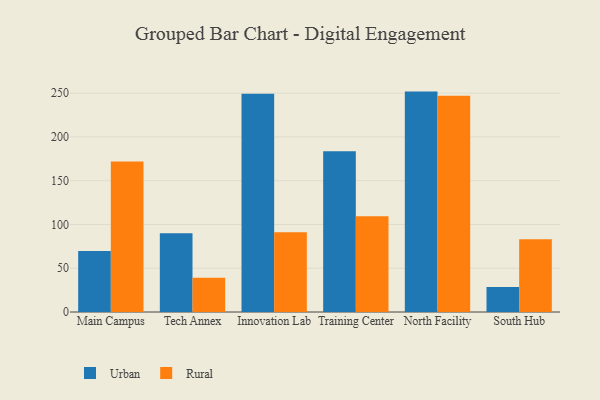
{"axis": {"x": "Campus", "y": "Shipments"}, "legend": ["Rural", "Urban"], "data": [{"x": "Main Campus", "y": 69.8, "type": "Urban"}, {"x": "Main Campus", "y": 171.9, "type": "Rural"}, {"x": "Tech Annex", "y": 90.0, "type": "Urban"}, {"x": "Tech Annex", "y": 39.2, "type": "Rural"}, {"x": "Innovation Lab", "y": 249.3, "type": "Urban"}, {"x": "Innovation Lab", "y": 91.2, "type": "Rural"}, {"x": "Training Center", "y": 183.7, "type": "Urban"}, {"x": "Training Center", "y": 109.5, "type": "Rural"}, {"x": "North Facility", "y": 251.8, "type": "Urban"}, {"x": "North Facility", "y": 247.0, "type": "Rural"}, {"x": "South Hub", "y": 28.7, "type": "Urban"}, {"x": "South Hub", "y": 83.2, "type": "Rural"}]}